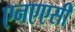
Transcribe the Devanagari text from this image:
एनएएसी